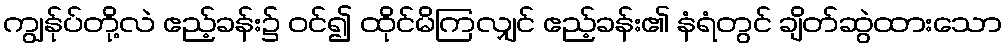
ကျွန်ုပ်တို့လဲ ဧည့်ခန်း၌ ဝင်၍ ထိုင်မိကြလျှင် ဧည့်ခန်း၏ နံရံတွင် ချိတ်ဆွဲထားသော